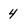
Character: 4